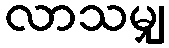
လာသမျှ